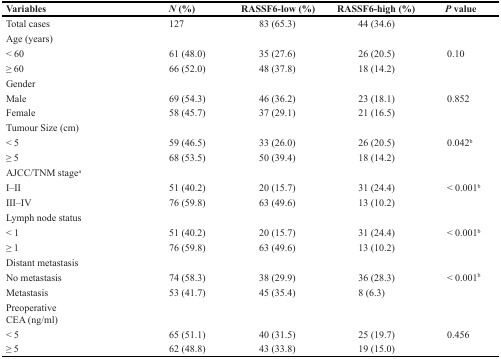
<table><thead><tr><td><b>Variables</b></td><td><b><i>N</i> (%)</b></td><td><b>RASSF6-low (%)</b></td><td><b>RASSF6-high (%)</b></td><td><b><i>P</i> value</b></td></tr></thead><tbody><tr><td>Total cases</td><td>127</td><td>83 (65.3)</td><td>44 (34.6)</td><td></td></tr><tr><td>Age (years)</td><td></td><td></td><td></td><td></td></tr><tr><td>&lt; 60</td><td>61 (48.0)</td><td>35 (27.6)</td><td>26 (20.5)</td><td>0.10</td></tr><tr><td>≥ 60</td><td>66 (52.0)</td><td>48 (37.8)</td><td>18 (14.2)</td><td></td></tr><tr><td>Gender</td><td></td><td></td><td></td><td></td></tr><tr><td>Male</td><td>69 (54.3)</td><td>46 (36.2)</td><td>23 (18.1)</td><td>0.852</td></tr><tr><td>Female</td><td>58 (45.7)</td><td>37 (29.1)</td><td>21 (16.5)</td><td></td></tr><tr><td>Tumour Size (cm)</td><td></td><td></td><td></td><td></td></tr><tr><td>&lt; 5</td><td>59 (46.5)</td><td>33 (26.0)</td><td>26 (20.5)</td><td>0.042<sup>b</sup></td></tr><tr><td>≥ 5</td><td>68 (53.5)</td><td>50 (39.4)</td><td>18 (14.2)</td><td></td></tr><tr><td>AJCC/TNM stage<sup>a</sup></td><td></td><td></td><td></td><td></td></tr><tr><td>I–II</td><td>51 (40.2)</td><td>20 (15.7)</td><td>31 (24.4)</td><td>&lt; 0.001<sup>b</sup></td></tr><tr><td>III–IV</td><td>76 (59.8)</td><td>63 (49.6)</td><td>13 (10.2)</td><td></td></tr><tr><td>Lymph node status</td><td></td><td></td><td></td><td></td></tr><tr><td>&lt; 1</td><td>51 (40.2)</td><td>20 (15.7)</td><td>31 (24.4)</td><td>&lt; 0.001<sup>b</sup></td></tr><tr><td>≥ 1</td><td>76 (59.8)</td><td>63 (49.6)</td><td>13 (10.2)</td><td></td></tr><tr><td>Distant metastasis</td><td></td><td></td><td></td><td></td></tr><tr><td>No metastasis</td><td>74 (58.3)</td><td>38 (29.9)</td><td>36 (28.3)</td><td>&lt; 0.001<sup>b</sup></td></tr><tr><td>Metastasis</td><td>53 (41.7)</td><td>45 (35.4)</td><td>8 (6.3)</td><td></td></tr><tr><td>Preoperative CEA (ng/ml)</td><td></td><td></td><td></td><td></td></tr><tr><td>&lt; 5</td><td>65 (51.1)</td><td>40 (31.5)</td><td>25 (19.7)</td><td>0.456</td></tr><tr><td>≥ 5</td><td>62 (48.8)</td><td>43 (33.8)</td><td>19 (15.0)</td><td></td></tr></tbody></table>